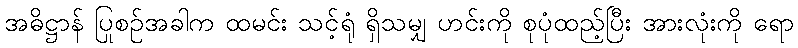
အဓိဋ္ဌာန် ပြုစဉ်အခါက ထမင်း သင့်ရုံ ရှိသမျှ ဟင်းကို စုပုံထည့်ပြီး အားလုံးကို ရော